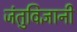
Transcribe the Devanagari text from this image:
जंतुविज्ञानी